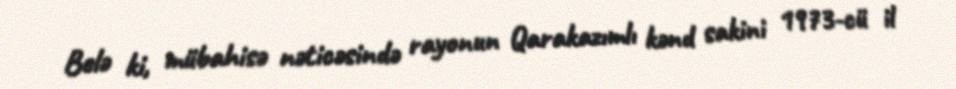
Belə ki, mübahisə nəticəsində rayonun Qarakazımlı kənd sakini 1973-cü il